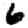
Digit: 6